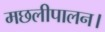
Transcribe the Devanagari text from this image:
मछलीपालन।